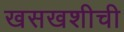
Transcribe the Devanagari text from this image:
खसखशीची